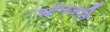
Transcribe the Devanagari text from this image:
स्टेनजनि